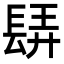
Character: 𨲀